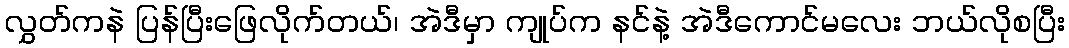
လွှတ်ကနဲ ပြန်ပြီးဖြေလိုက်တယ်၊ အဲဒီမှာ ကျုပ်က နင်နဲ့ အဲဒီကောင်မလေး ဘယ်လိုစပြီး